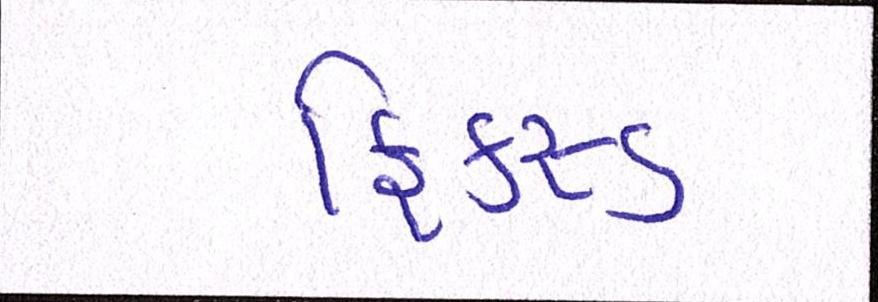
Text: ફિકસ્ડ